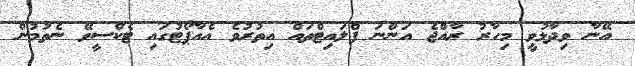
އޭނާ ވިދާޅުވީ މިހާރު ރާއްޖެ އަންނަ ފްލައިޓްތައް އިތުރުވެ އެއާޕޯޓުގައި ޓެކްސީވޭ ނެތުމުން